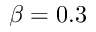
\beta = 0 . 3